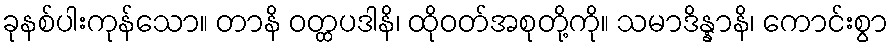
ခုနစ်ပါးကုန်သော။ တာနိ ဝတ္ထပဒါနိ၊ ထိုဝတ်အစုတို့ကို။ သမာဒိန္နာနိ၊ ကောင်းစွာ